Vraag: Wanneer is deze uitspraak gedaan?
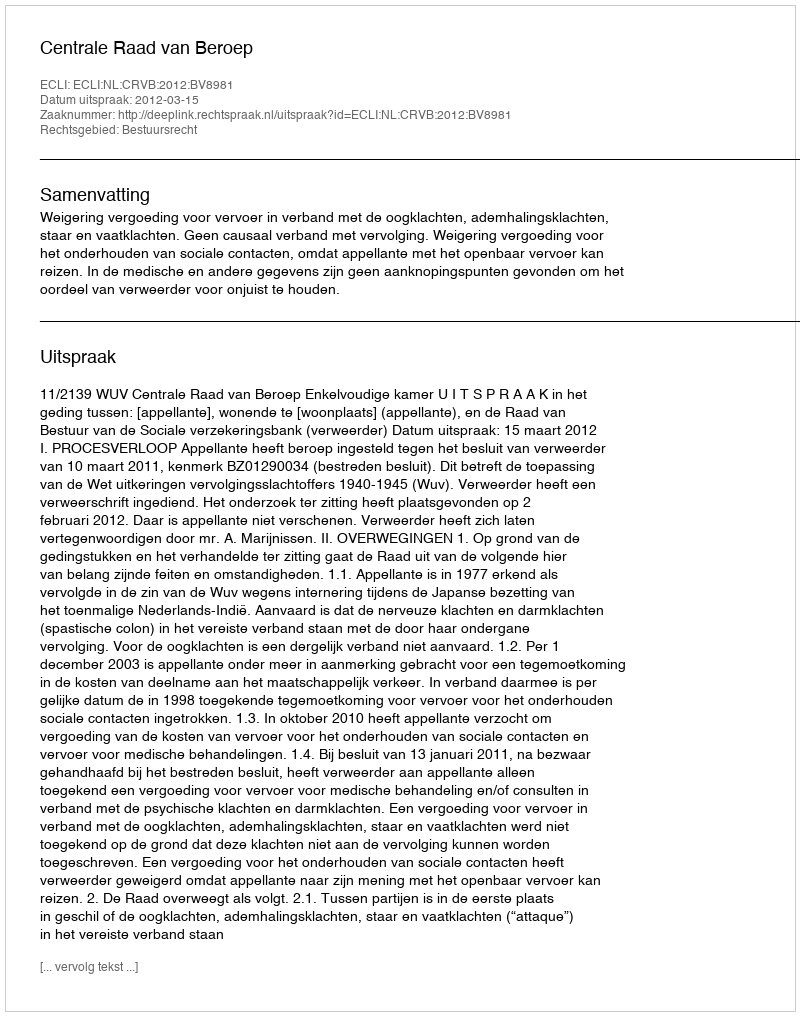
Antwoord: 2012-03-15